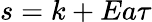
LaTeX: s=k+Ea\tau